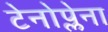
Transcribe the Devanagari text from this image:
टेनोप्लेना